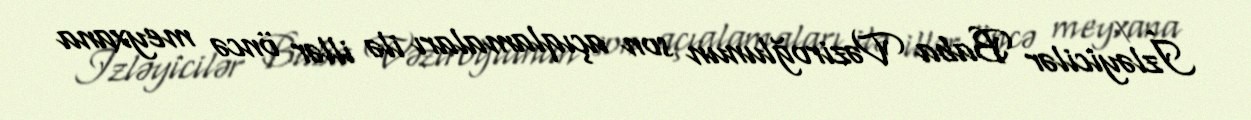
İzləyicilər Baba Vəziroğlunun son açıqlamaları ilə illər öncə meyxana